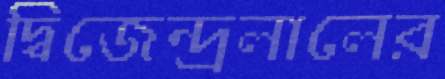
দ্বিজেন্দ্রলালের